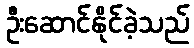
ဦးဆောင်နိုင်ခဲ့သည်